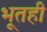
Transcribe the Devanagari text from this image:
भूतही